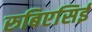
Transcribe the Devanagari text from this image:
रुबिएसिई